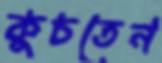
কুচতেন